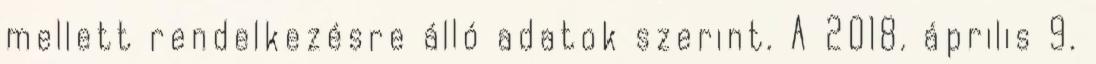
mellett rendelkezésre álló adatok szerint. A 2018. április 9.